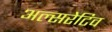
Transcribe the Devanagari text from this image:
अल्सरेटिव